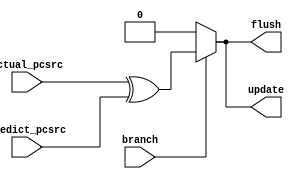
`timescale 1ns / 1ps
//////////////////////////////////////////////////////////////////////////////////
// Company: 
// Engineer: 
// 
// Design Name: 
// Module Name: branch_macthing
// Project Name: 
// Target Devices: 
// Tool Versions: 
// Description: 
// 
// Dependencies: 
// 
// Revision:
// Revision 0.01 - File Created
// Additional Comments:
// 
//////////////////////////////////////////////////////////////////////////////////


module branch_macthing(
input actual_pcsrc,
input predict_pcsrc,
input branch,
output reg flush,
output reg update


    );
    
    always @(*)
      begin
        if(branch)
          begin
           flush=actual_pcsrc^predict_pcsrc;
          update=actual_pcsrc^predict_pcsrc;
          end
          
          else
           begin
           flush=0;
           update=0;
           
           end
      end
endmodule